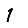
Digit: 1